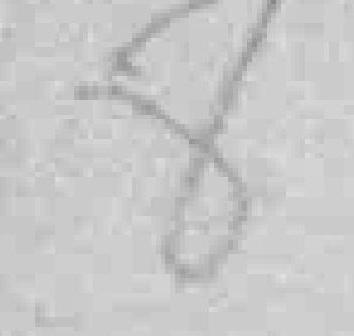
8